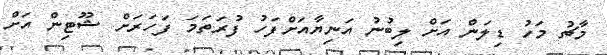
މާޗު މަހު ޑިލަން އަށް ލިބުނު އަނިޔާއަށްފަހު ފުރަތަމަ ފަހަރަށް ޝޫޓިން އަށް